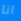
انا